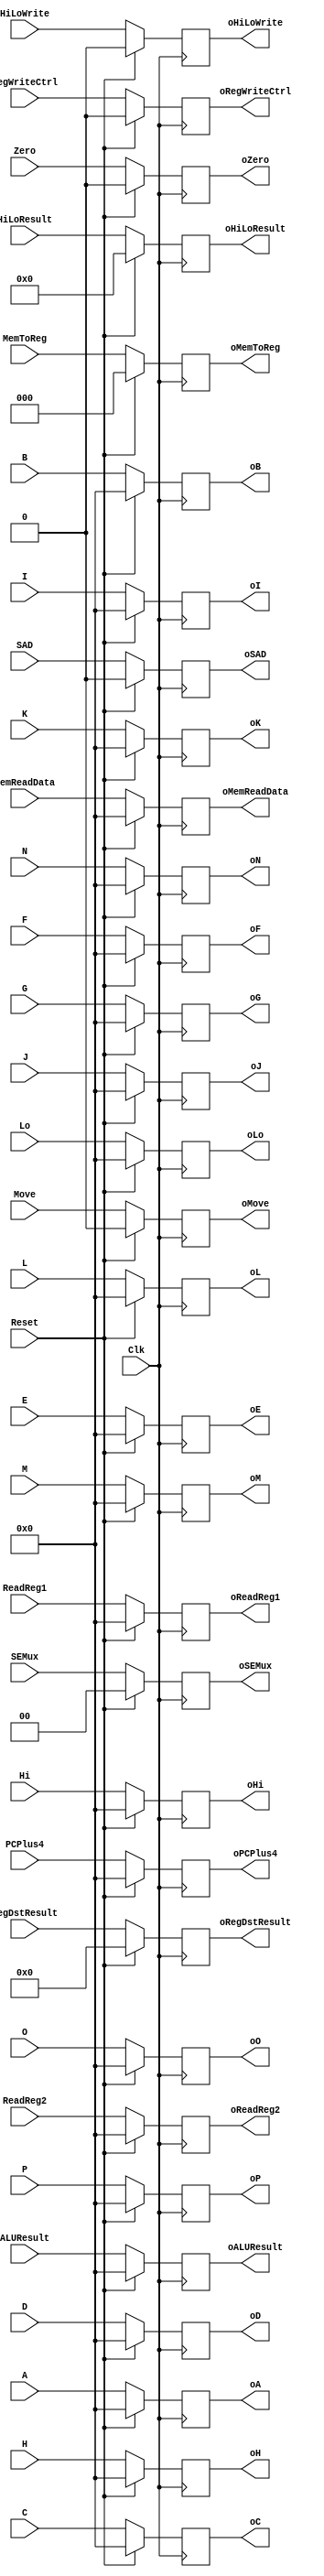
`timescale 1ns / 1ps
//////////////////////////////////////////////////////////////////////////////////
// Company: 
// Engineer: 
// 
// Design Name: 
// Module Name: REG_SAD1_SAD2_C
// Project Name: 
// Target Devices: 
// Tool Versions: 
// Description: 
// 
// Dependencies: 
// 
// Revision:
// Revision 0.01 - File Created
// Additional Comments:
// 
//////////////////////////////////////////////////////////////////////////////////


module REG_SAD1_SAD2_C(Clk, Reset,
                  SAD, RegWriteCtrl, Move,
                  SEMux, 
                  MemToReg,
                  PCPlus4, Zero, HiLoResult, ALUResult,
                  ReadReg1, ReadReg2, RegDstResult,
                  Hi, Lo,
                  HiLoWrite,
                  MemReadData,
                  A, B, C, D, E, F, G, H, I, J, K, L, M, N, O, P,
                  
                  oSAD, oRegWriteCtrl, oMove,
                  oSEMux, 
                  oMemToReg,
                  oPCPlus4, oZero, oHiLoResult, oALUResult,
                  oReadReg1, oReadReg2, oRegDstResult,
                  oHi, oLo,
                  oHiLoWrite,
                  oMemReadData,
                  oA, oB, oC, oD, oE, oF, oG, oH, oI, oJ, oK, oL, oM, oN, oO, oP);

input Clk, Reset;
input SAD, RegWriteCtrl, Move;
input [1:0] SEMux;
input [2:0] MemToReg;
input [31:0] PCPlus4, ALUResult, ReadReg1, ReadReg2, Hi, Lo;
input Zero;
input [4:0] RegDstResult;
input [63:0] HiLoResult;
input HiLoWrite;
input [31:0] MemReadData;
input [31:0] A, B, C, D, E, F, G, H, I, J, K, L, M, N, O, P;

output reg oSAD, oRegWriteCtrl, oMove;
output reg [1:0] oSEMux;
output reg [2:0] oMemToReg;
output reg [31:0] oPCPlus4, oALUResult, oReadReg1, oReadReg2, oHi, oLo;
output reg oZero;
output reg [4:0] oRegDstResult;
output reg [63:0] oHiLoResult;
output reg oHiLoWrite;
output reg [31:0] oMemReadData;
output reg [31:0] oA, oB, oC, oD, oE, oF, oG, oH, oI, oJ, oK, oL, oM, oN, oO, oP;

initial begin
oSAD = 0;
oRegWriteCtrl = 0; 
oMove = 0;
oSEMux = 0;
oMemToReg = 0;
oPCPlus4 = 0;
oALUResult = 0;
oReadReg1 = 0;
oReadReg2 = 0;
oHi = 0;
oLo = 0;
oZero = 0;
oRegDstResult = 0;
oHiLoResult = 0;
oHiLoWrite = 0;
oMemReadData = 0;
oA = 0;
oB = 0;
oC = 0;
oD = 0;
oE = 0;
oF = 0;
oG = 0;
oH = 0;
oI = 0;
oJ = 0;
oK = 0;
oL = 0;
oM = 0;
oN = 0;
oO = 0;
oP = 0;

end

always @(posedge Clk) begin
if (Reset == 1) begin
oSAD = 0;
oRegWriteCtrl = 0; 
oMove = 0;
oSEMux = 0;
oMemToReg = 0;
oPCPlus4 = 0;
oALUResult = 0;
oReadReg1 = 0;
oReadReg2 = 0;
oHi = 0;
oLo = 0;
oZero = 0;
oRegDstResult = 0;
oHiLoResult = 0;
oHiLoWrite = 0;
oMemReadData = 0;
oA = 0;
oB = 0;
oC = 0;
oD = 0;
oE = 0;
oF = 0;
oG = 0;
oH = 0;
oI = 0;
oJ = 0;
oK = 0;
oL = 0;
oM = 0;
oN = 0;
oO = 0;
oP = 0;
end
else begin
oSAD = SAD;
oRegWriteCtrl = RegWriteCtrl; 
oMove = Move;
oSEMux = SEMux;
oMemToReg = MemToReg;
oPCPlus4 = PCPlus4;
oALUResult = ALUResult;
oReadReg1 = ReadReg1;
oReadReg2 = ReadReg2;
oHi = Hi;
oLo = Lo;
oZero = Zero;
oRegDstResult = RegDstResult;
oHiLoResult = HiLoResult;
oHiLoWrite = HiLoWrite;
oMemReadData = MemReadData;
oA = A;
oB = B;
oC = C;
oD = D;
oE = E;
oF = F;
oG = G;
oH = H;
oI = I;
oJ = J;
oK = K;
oL = L;
oM = M;
oN = N;
oO = O;
oP = P;
end
end

endmodule